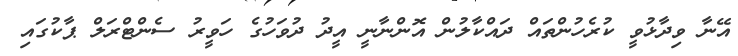
އޭނާ ވިދާޅުވީ ކުރެހުންތައް ދައްކާލުން އޮންނާނީ އީދު ދުވަހުގެ ހަވީރު ސެންޓްރަލް ޕާކުގައި